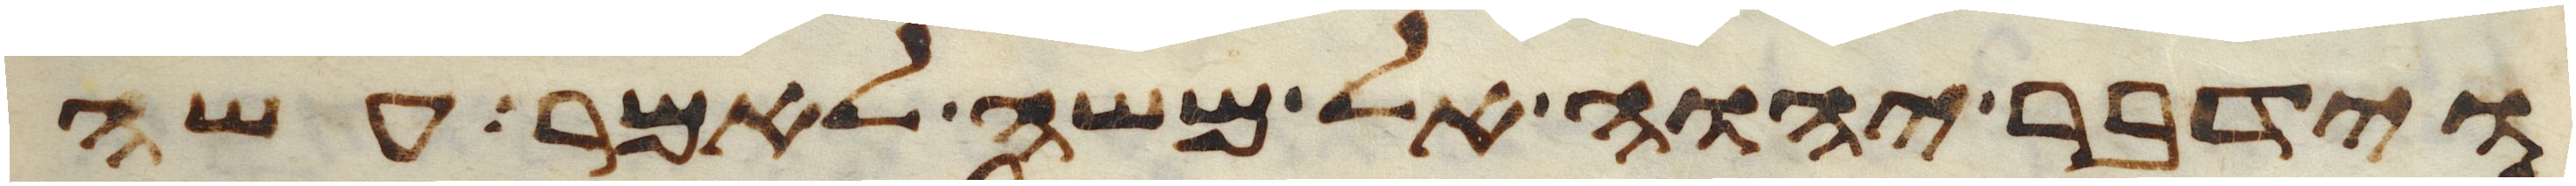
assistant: וידבר יהוה אל משה לאמר עשה